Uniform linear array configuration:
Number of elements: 24
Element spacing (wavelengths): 1
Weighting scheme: kaiser
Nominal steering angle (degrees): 45
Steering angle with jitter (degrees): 44.795
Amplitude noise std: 0.05
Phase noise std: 0.05

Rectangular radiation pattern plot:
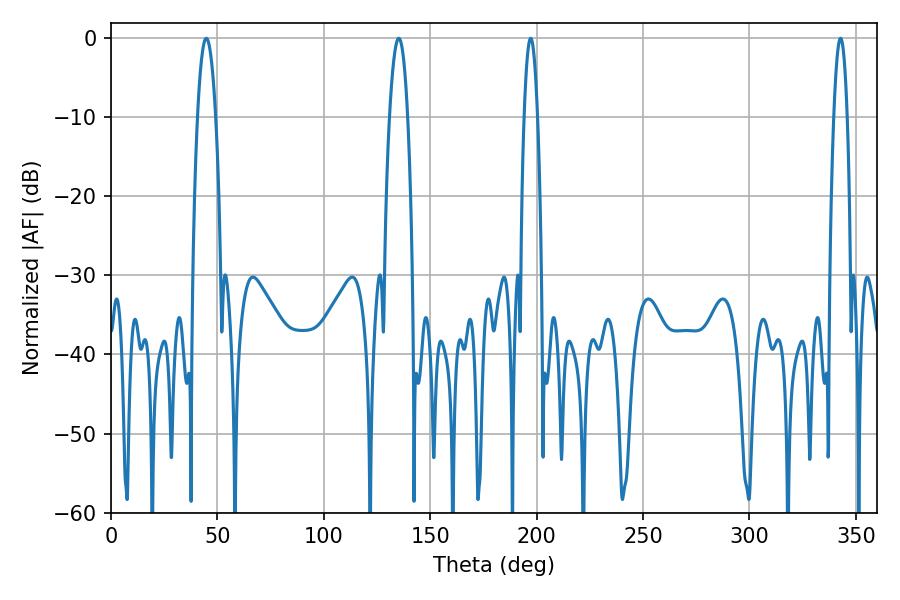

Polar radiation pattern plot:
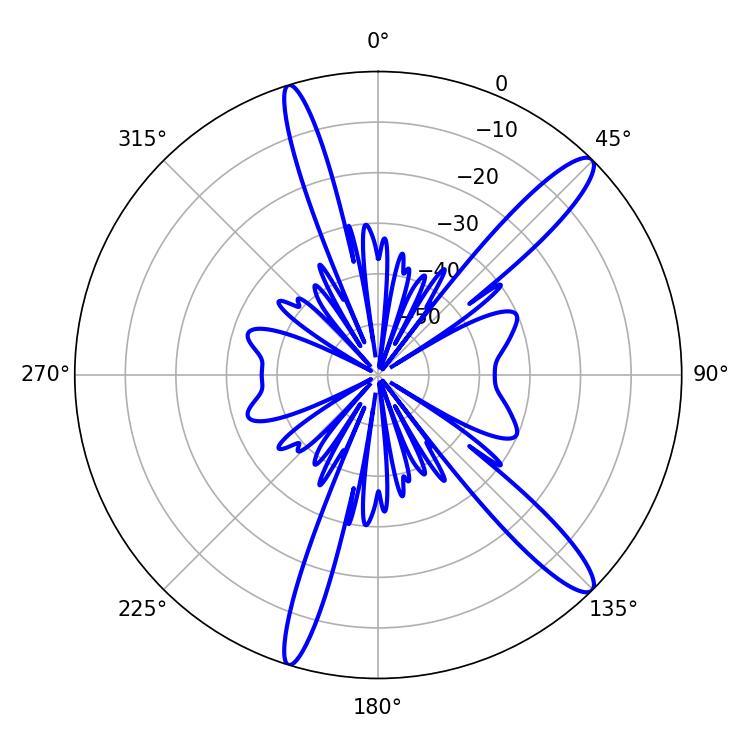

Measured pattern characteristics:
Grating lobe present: TRUE
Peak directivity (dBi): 13.648
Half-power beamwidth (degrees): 4.68
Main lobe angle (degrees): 135.18